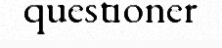
questioner